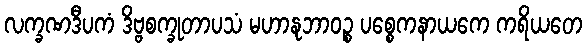
လက္ခဏဒီပကံ ဒိဗ္ဗစက္ခုတာပသံ မဟာနုဘာဝဉ္စ ပစ္စေကနာယကေ ကရိယတေ